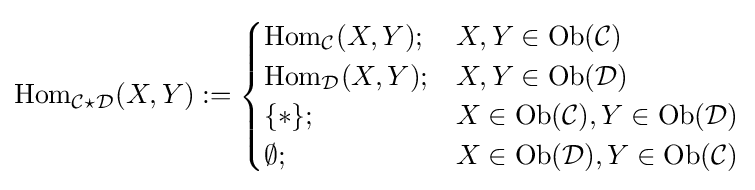
\operatorname {Hom} _{{\mathcal {C}}\star {\mathcal {D}}}(X,Y):={\begin{cases}\operatorname {Hom} _{\mathcal {C}}(X,Y);&X,Y\in \operatorname {Ob} ({\mathcal {C}})\\\operatorname {Hom} _{\mathcal {D}}(X,Y);&X,Y\in \operatorname {Ob} ({\mathcal {D}})\\\{*\};&X\in \operatorname {Ob} ({\mathcal {C}}),Y\in \operatorname {Ob} ({\mathcal {D}})\\\emptyset ;&X\in \operatorname {Ob} ({\mathcal {D}}),Y\in \operatorname {Ob} ({\mathcal {C}})\end{cases}}